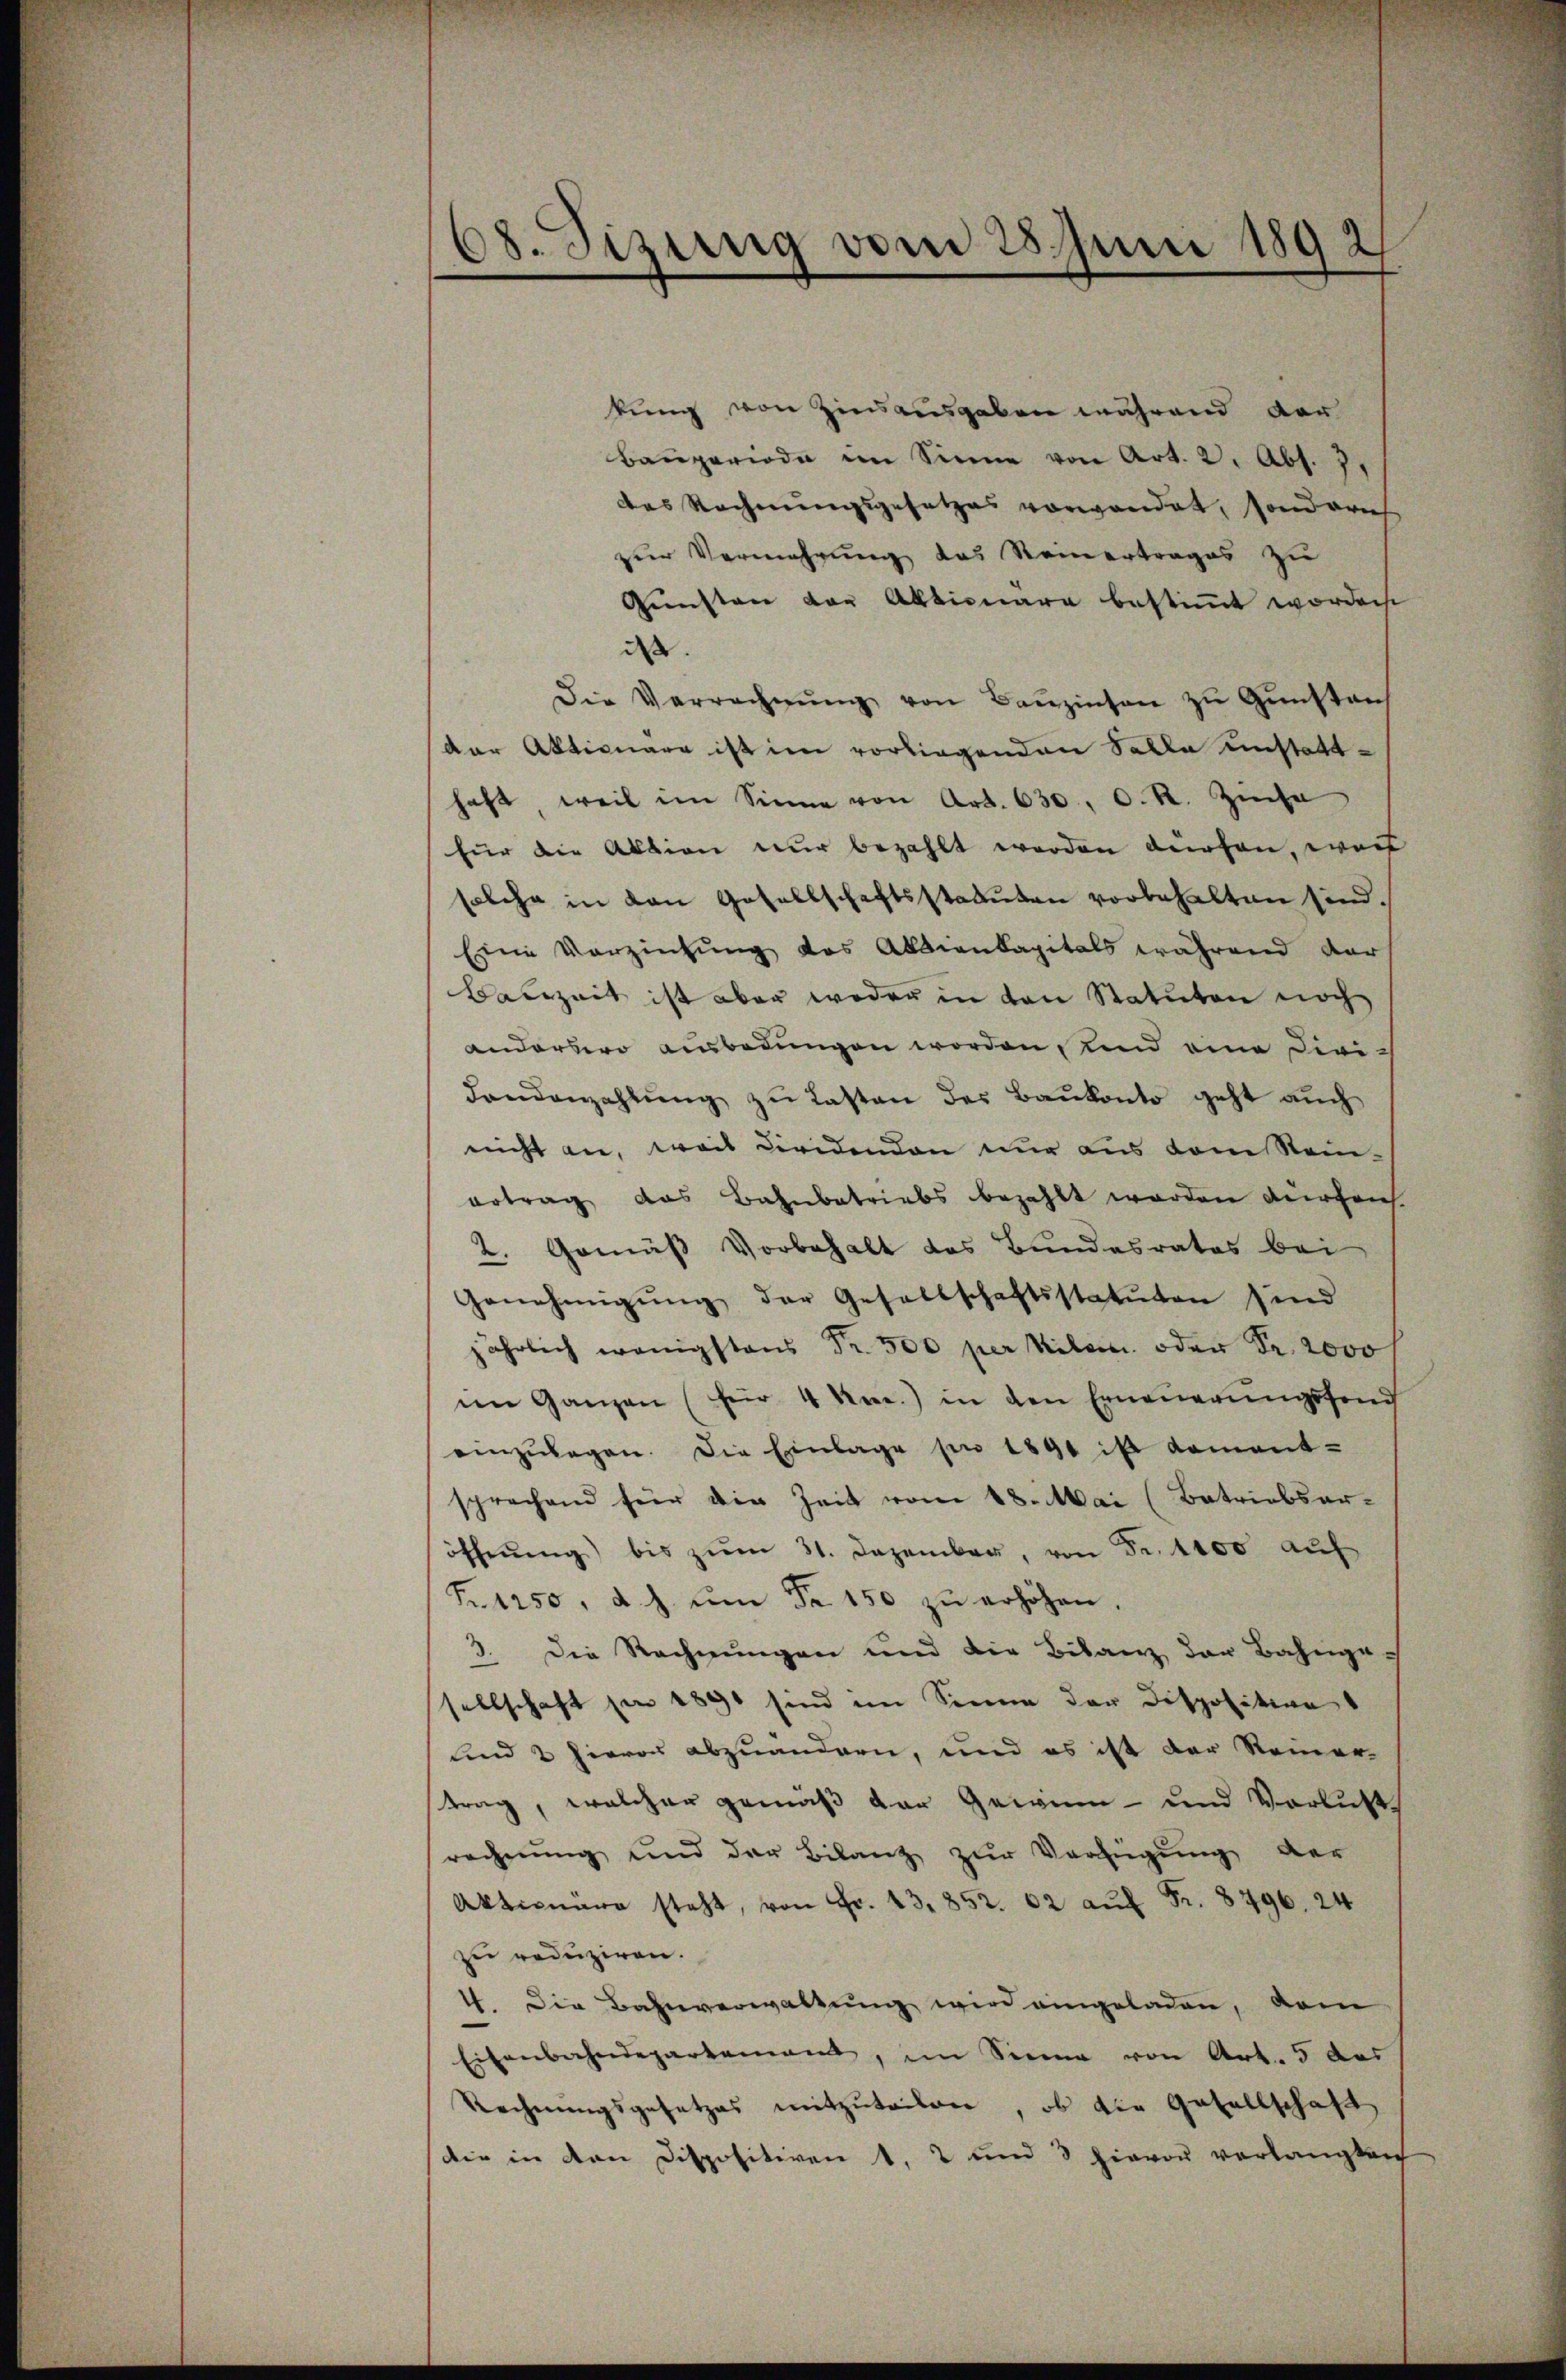
68. Sizung vom 28 Juni 1892

kung von Zinsausgaben während der
Bauperiode im Sinne von Art. 2, Abt. 71
des Rechnungsgesetzes vorwandet, sonderich
zur Vermehrung das Reinertrages zu
Gunsten der Aktionare bestimmt worden.
dass
Die Verrechnŭng von Baŭzinsen zu Gunstan
der Aktionare ist im vorliegenden Solle unstatthaft, weil im Sinne von Art. 630. O. R. Zinse
für die Aktion nur bezahlt worden dürfen, wenn
solche in den Gesellschaftsstatuten vorbehalten sind.
Eine Vorziehung das Abbiankapitals während dar
Bauzeit ist aber weder in von Statuten noch
andersero ausbedungen worden, und eine Divi¬
Landenzahlŭng zŭ lasten des Baŭkonto geht aŭch
nicht an, weil diridenden nur aus dem Stein-
ertrag das Bahnbetriebs bezahlt worden dürfen.
2. Gemäß Vorbehalt das Bundesrates bei
Genehmigŭng der Gesellschaftsstatuten sind
jährlich wenigstens Nr. 500 per Kilom. oder Fr. 2000
im Ganzen (für 4 Kme.) in den Erneŭerŭngsfond
einzŭlagen. Die Einlage pro 1891 ist kament-
sprechend für die Zeit vom 18. Mai (Betriebseröffnŭng bis zŭm 31. Dezember, von Fr. 1100 auf
Fr. 1250, d. J. ŭm Fr. 150 zŭ erhöhen.
3. Die Rechnŭngen und die Bilanz der Bahnge-
sellschaft per 1891 sind im Sinne der Disposition
und 2 hievon abzuändern, und es ist der Reiner-
trag, welcher gemäß der Gewinn- und Verlust
rechnung und der Bilanz zur Verfügung der
Aktionare steht, von Fr. 43,852. 62 aŭf Fr. 8796. 24
zu reduziren.
44. Die Bahnverwaltung wird eingeladen, vom
Eisenbahndepartement, im Sinne von Art. 5 das
Rechnungsgesetzes mitzuteilen, ob die Gesellschaft
die in den Dispositiven 1, 2 und 3 hievor verlangten